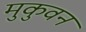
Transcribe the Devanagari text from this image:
मुकुवन